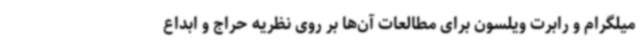
میلگرام و رابرت ویلسون برای مطالعات آن‌ها بر روی نظریه حراج و ابداع